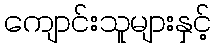
ကျောင်းသူများနှင့်